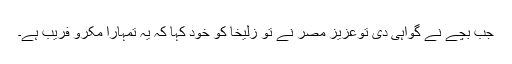
جب بچے نے گواہی دی توعزیز مصر نے تو زلیخا کو خود کہا کہ یہ تمہارا مکرو فریب ہے۔